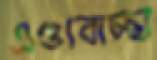
এণ্ডাবাচ্ছা